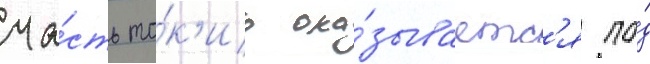
ча́сть то́к'ио ока́зываетс'я по́д